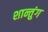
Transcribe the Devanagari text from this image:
शान्तुंग